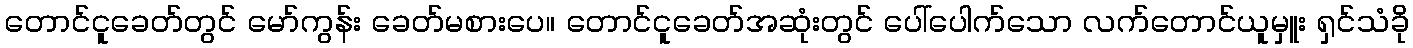
တောင်ငူခေတ်တွင် မော်ကွန်း ခေတ်မစားပေ။ တောင်ငူခေတ်အဆုံးတွင် ပေါ်ပေါက်သော လက်တောင်ယူမှူး ရှင်သံခို